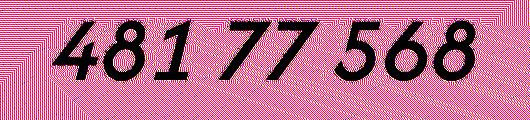
481 77 568